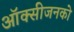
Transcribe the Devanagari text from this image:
ऑक्सीजनको